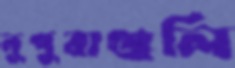
নূপুরাঞ্জলি